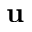
\mathbf { u }